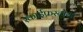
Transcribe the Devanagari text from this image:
स्काईफ्रस्टोया